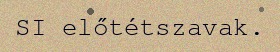
SI előtétszavak.